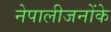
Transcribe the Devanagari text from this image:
नेपालीजनोंके